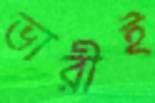
ভারীই